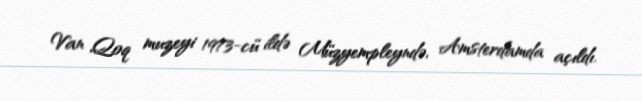
Van Qoq muzeyi 1973-cü ildə Müzyempleyndə, Amsterdamda açıldı.